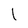
Character: l